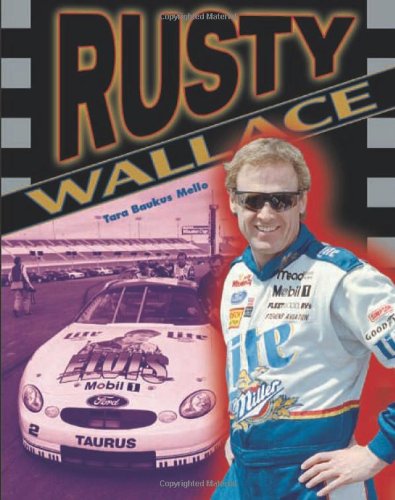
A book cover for Rusty Wallace (Race Car Legends); Tara Baukus Mello; Teen & Young Adult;